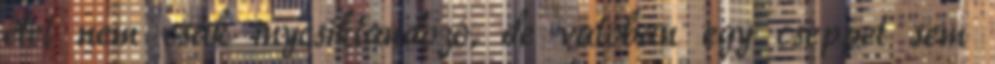
étel nem csak inycsiklandozó, de valóban egy cseppet sem